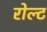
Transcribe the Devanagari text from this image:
रोल्ट